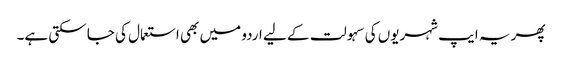
پھر یہ ایپ شہریوں کی سہولت کے لیے اردو میں بھی استعمال کی جا سکتی ہے۔